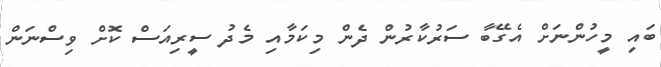
ބައި މީހުންނަށް އެގޭބާ ސަރުކާރުން ދެން މިކަމާއި މެދު ސީރިއަސް ކޮށް ވިސްނަން